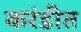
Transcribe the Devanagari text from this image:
करंडीत